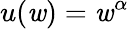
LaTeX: u(\mathit{w})=\mathit{w}^{\alpha}